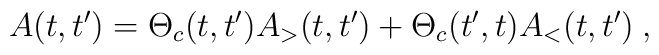
A(t,t') = \Theta_{c}(t,t') A_{>}(t,t') +             \Theta_{c}(t',t) A_{<}(t,t') \>,